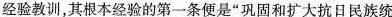
经验教训，其根本经验的第一条便是“巩固和扩大抗日战争民族统